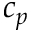
c _ { p }